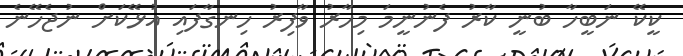
ކީކޭ ނަބީހާ ބުނީ ކާރު ފެނުނީމަ މިހާރު ވާފިރު ހިނގާފައި އުޅޭކަށް ނުޖެހޭނެ